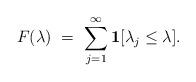
LaTeX: \begin{align*}F(\lambda )\ =\ \sum_{j=1}^{\infty }\mathbf{1}[\lambda _{j}\leq \lambda ].\end{align*}